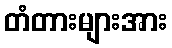
တံတားများအား